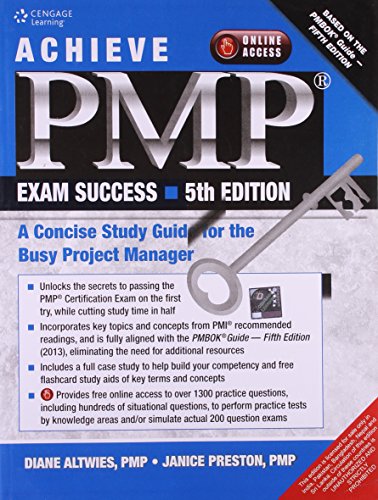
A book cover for Achieve Pmp Exam Success 5Th Edition; D., Preston,J. Altwies; Test Preparation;